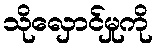
သိုလှောင်မှုကို